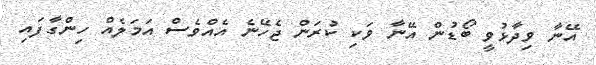
އޭނާ ވިދާޅުވީ ބޯޑުން އޭނާ ވަކި ކުރަން ޖެހޭނެ އެއްވެސް އަމަލެއް ހިންގާފައި